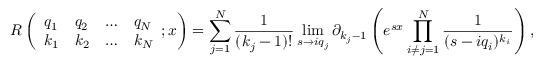
R \left( \begin{array} { l l l l } { q _ { 1 } } & { q _ { 2 } } & { \ldots } & { q _ { N } } \\ { k _ { 1 } } & { k _ { 2 } } & { \ldots } & { k _ { N } } \end{array} ; x \right) = \sum _ { j = 1 } ^ { N } \frac { 1 } { ( k _ { j } - 1 ) ! } \operatorname* { l i m } _ { s \to i q _ { j } } \partial _ { k _ { j } - 1 } \left( e ^ { s x } \prod _ { i \neq j = 1 } ^ { N } \frac { 1 } { ( s - i q _ { i } ) ^ { k _ { i } } } \right) ,